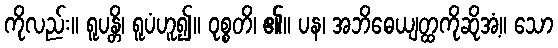
ကိုလည်း။ ရူပန္တိ၊ ရူပံဟူ၍။ ဝုစ္စတိ၊ ၏။ ပန၊ အဘိဓေယျတ္ထကိုဆိုအံ့။ သော